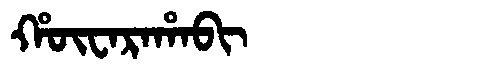
Manchu: ᡥᡡᠸᠠᡵᠠᡥᠠᠪᡳ
Romanization: HŪWARAHABI